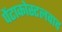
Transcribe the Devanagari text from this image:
पेंटाकोस्टलवाद